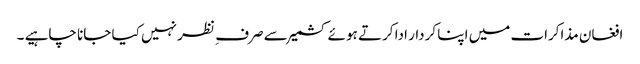
افغان مذاکرات میں اپنا کردار ادا کرتے ہوئے کشمیر سے صرف ِ نظر نہیں کیا جانا چاہیے ۔